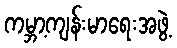
ကမ္ဘာ့ကျန်းမာရေးအဖွဲ့